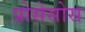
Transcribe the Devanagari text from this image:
प्रोसेसोस